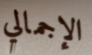
الإجمالي